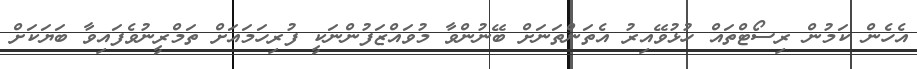
އެހެން ކަމުން ރިސޯޓްތައް ހުޅުވޭއިރު އެތަންތަނަށް ބޭނުންވާ މުވައްޒަފުންނަކީ ފުރިހަމައަށް ތަމްރީނުވެފައިވާ ބަޔަކަށް